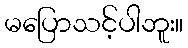
မပြောသင့်ပါဘူး။